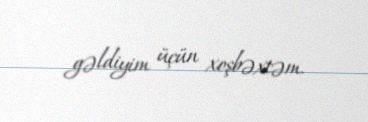
gəldiyim üçün xoşbəxtəm.